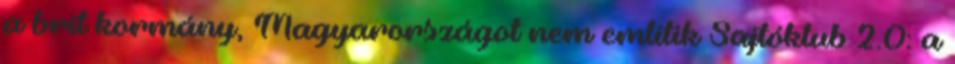
a brit kormány, Magyarországot nem említik Sajtóklub 2.0: a